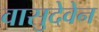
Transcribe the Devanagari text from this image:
वासुदेवेन